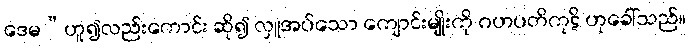
ဒေမ”ဟူ၍လည်းကောင်း ဆို၍ လှူအပ်သော ကျောင်းမျိုးကို ဂဟပတိကုဋိ ဟုခေါ်သည်။